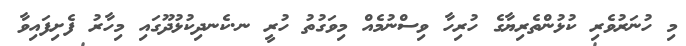
މި ހުނަރުވެރި ކުޅުންތެރިޔާގެ ހުރިހާ ވިސްނުމެއް މިވަގުތު ހުރީ ނ.ކެނދިކުޅުދޫގައި މިހާރު ފެށިފައިވާ